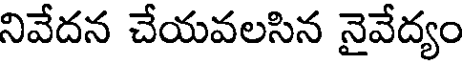
నివేదన చేయవలసిన నైవేద్యం